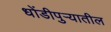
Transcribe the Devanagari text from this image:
धोंडीपुर्‍यातील